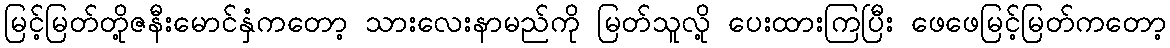
မြင့်မြတ်တို့ဇနီးမောင်နှံကတော့ သားလေးနာမည်ကို မြတ်သူလို့ ပေးထားကြပြီး ဖေဖေမြင့်မြတ်ကတော့